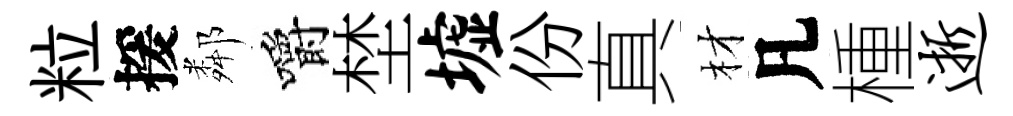
粒援鄰嚼埜墟份真材凡㮔逝